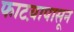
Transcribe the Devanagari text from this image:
फाटय़ापासून